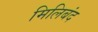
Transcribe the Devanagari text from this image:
मिलिबंद